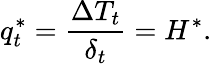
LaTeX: q_{t}^{*}=\frac{\Delta T_{t}}{\delta_{t}}=H^{*}.